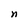
Character: n